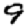
Digit: 9